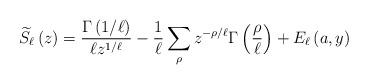
LaTeX: \begin{align*}\widetilde{S}_{\ell}\left(z\right)=\frac{\Gamma\left(1/\ell\right)}{\ell z^{1/\ell}}-\frac{1}{\ell}\sum_{\rho}z^{-\rho/\ell}\Gamma\left(\frac{\rho}{\ell}\right)+E_{\ell}\left(a,y\right)\end{align*}